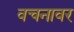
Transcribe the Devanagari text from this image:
वचनावर